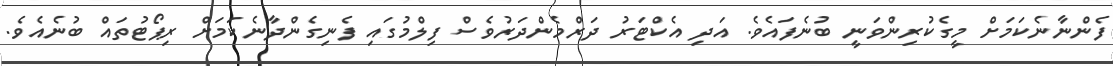
ފެންނާނެކަމަށް މީގެކުރިންވަނީ ބުނެފައެވެ. އަދި އެކްޓަރު ދަރްމެންދަރުވެސް ފިލްމުގައި ފެނިގެންދާނެކަމަށް ރިޕޯޓުތައް ބުނެއެވެ.